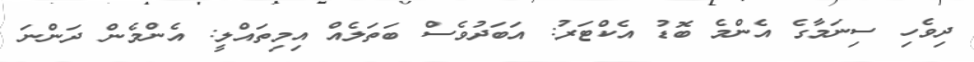
ދިވެހި ސިނަމާގެ އެންމެ ބޮޑު އެކްޓަރު: އަބަދުވެސް ބަތަލެއް އިމިތައްލީ: އެންމެން ދަންނަ